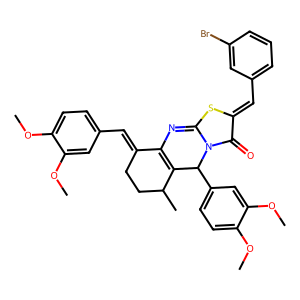
SMILES: COc1ccc(C=C2CCC(C)C3=C2N=c2sc(=Cc4cccc(Br)c4)c(=O)n2C3c2ccc(OC)c(OC)c2)cc1OC
Inhibits HIV replication: No